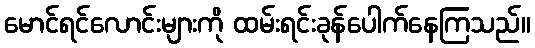
မောင်ရင်လောင်းများကို ထမ်းရင်းခုန်ပေါက်နေကြသည်။